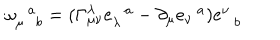
\omega _ { \mu \, \, \, \, b } ^ { \, \, \, \, a } = ( \Gamma _ { \mu \nu } ^ { \lambda } e _ { \lambda } ^ { \, \, \, \, a } - \partial _ { \mu } e _ { \nu } ^ { \, \, \, \, a } ) e _ { \, \, \, \, b } ^ { \nu }